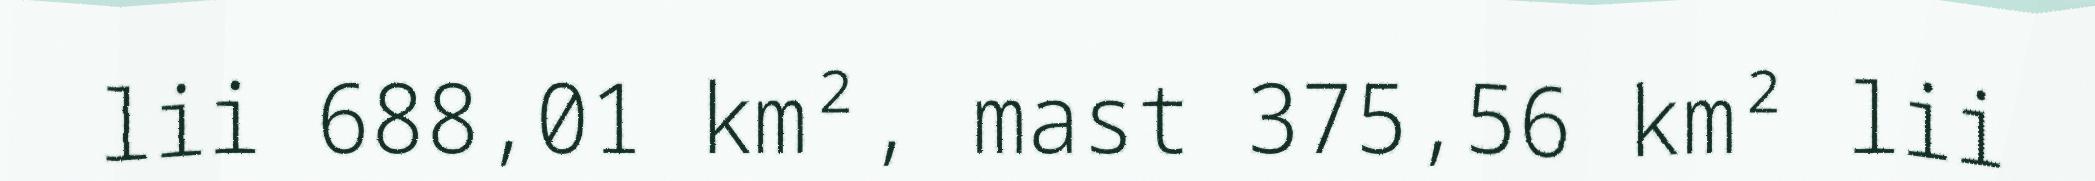
lii 688,01 km², mast 375,56 km² lii